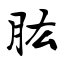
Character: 肱